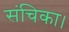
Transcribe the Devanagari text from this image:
संचिका।